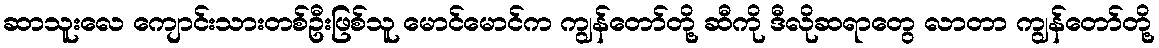
ဆာသူးလေ ကျောင်းသားတစ်ဦးဖြစ်သူ မောင်မောင်က ကျွန်တော်တို့ ဆီကို ဒီလိုဆရာတွေ လာတာ ကျွန်တော်တို့